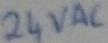
Text: 24VAC